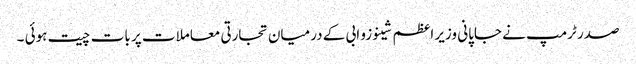
صدر ٹرمپ نے جاپانی وزیر اعظم شینوزو ابی کے درمیان تجارتی معاملات پر بات چیت ہوئی ۔